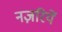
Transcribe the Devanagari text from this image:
नज़रियें